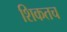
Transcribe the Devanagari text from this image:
शिकतच